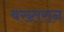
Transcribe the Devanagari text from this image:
बख्तरान